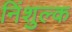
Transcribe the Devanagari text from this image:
निंशुल्क